Civil Veterinary Department Bengal reports 1933-51 - 1933-1951
Year: 1933
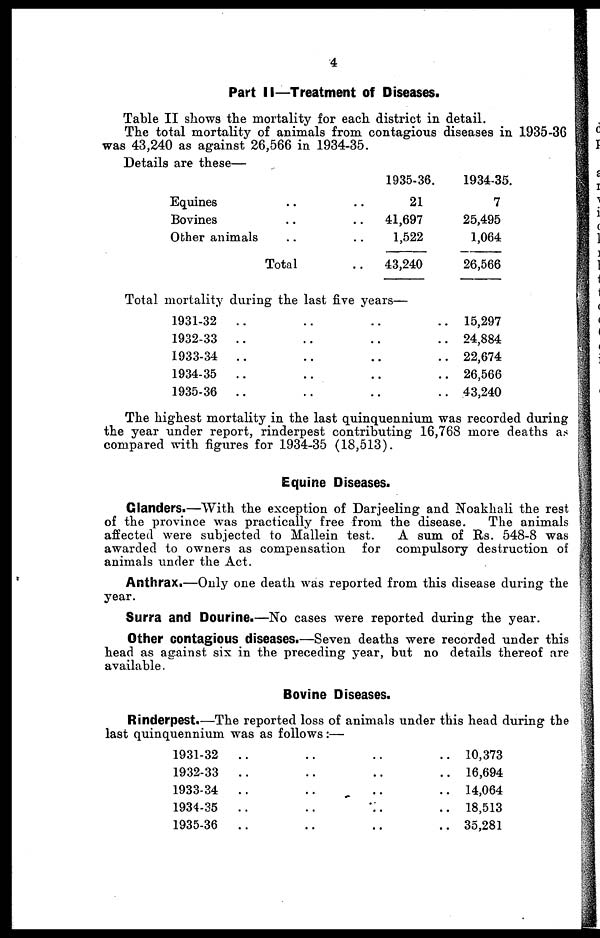
4
Part II—Treatment of Diseases.
Table II shows the mortality for each district in detail.
The total mortality of animals from contagious diseases in 1935-36
was 43,240 as against 26,566 in 1934-35.
Details are these—
Equines .. ..
Bovines .. ..
Other animals .. ..
Total ..
1935-36.
21
41,697
1,522
43,240
1934-35.
7
25,495
1,064
26,566
Total mortality during the last five years—
1931-32 .. .. .. .. ..
1932-33 .. .. .. .. ..
1933-34 .. .. .. .. ..
1934-35 .. .. .. .. ..
1935-36 .. .. .. .. ..
15,297
24,884
22,674
26,566
43,240
The highest mortality in the last quinquennium was recorded during
the year under report, rinderpest contributing 16,768 more deaths as
compared with figures for 1934-35 (18,513).
Equine Diseases.
Glanders.—With the exception of Darjeeling and Noakhali the rest
of the province was practically free from the disease.
The animals
affected were subjected to Mallein test.
A sum of Rs. 548-8 was
awarded to owners as compensation for compulsory destruction of
animals under the Act.
Anthrax.—Only one death was reported from this disease during the
year.
Surra and Dourine.—No cases were reported during the year.
Other contagious diseases.—Seven deaths were recorded under this
head as against six in the preceding year, but no details thereof are
available.
Bovine Diseases.
Rinderpest.—The reported loss of animals under this head during the
last quinquennium was as follows:—
1931-32 .. .. .. .. ..
1932-33 .. .. .. .. ..
1933-34 .. .. .. .. ..
1934-35 .. .. .. .. ..
1935-36 .. .. .. .. ..
10,373
16,694
14,064
18,513
35,281